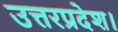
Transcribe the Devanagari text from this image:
उत्तरप्रदेश।